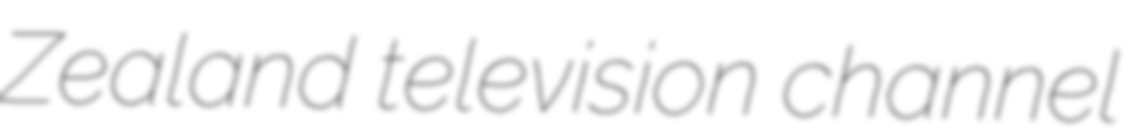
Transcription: Zealand television channel